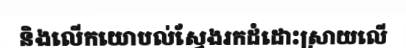
និងលើកយោបល់ស្វែងរកដំដោះស្រាយលើ